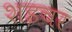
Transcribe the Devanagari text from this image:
शइचर